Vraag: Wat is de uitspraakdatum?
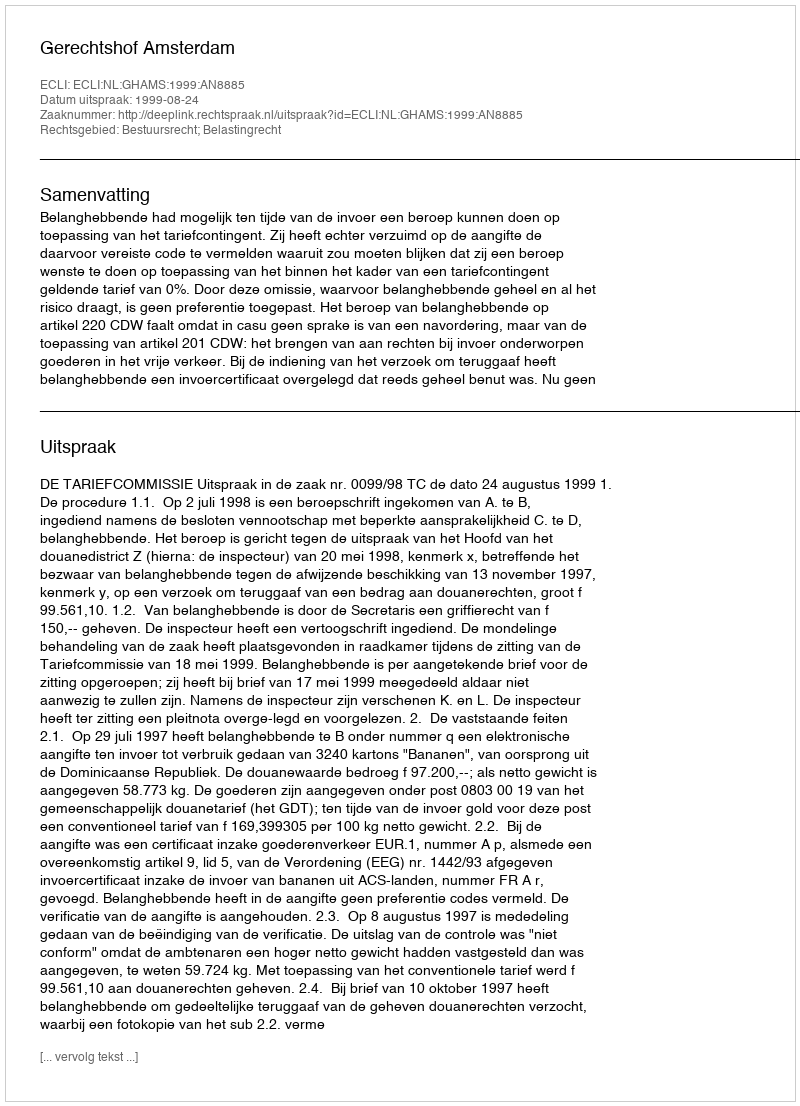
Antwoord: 1999-08-24